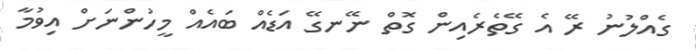
ގެއްލުނު ރޭ އެ ގޭތެރެއިން ގޮތް ނޭނގޭ އަޑެއް ބައެއް މީހުންނަށް އިވުމާ